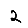
Digit: 2